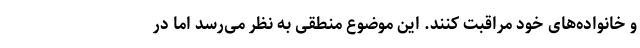
و خانواده‌های خود مراقبت کنند. این موضوع منطقی به نظر می‌رسد اما در